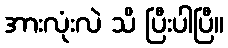
အားလုံးလဲ သိ ပြီးပါပြီ။